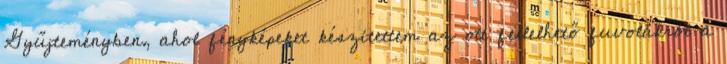
Gyűjteményben, ahol fényképeket készítettem az ott fellelhető fuvolákról a